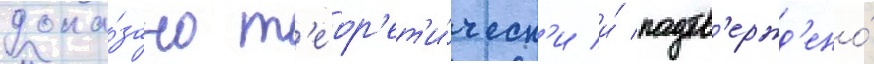
дока́зано т'еор'ет'и́ческ'и и́ подтв'ержд'ено́